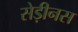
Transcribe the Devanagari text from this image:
सेड़ीनस